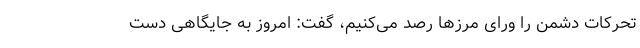
تحرکات دشمن را ورای مرزها رصد می‌کنیم، گفت: امروز به جایگاهی دست